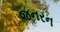
જનરન